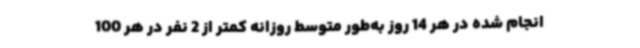
انجام شده در هر 14 روز به‌طور متوسط روزانه کمتر از 2 نفر در هر 100